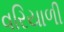
વરિયાળી